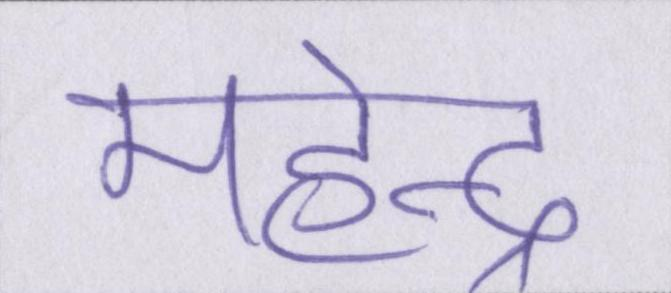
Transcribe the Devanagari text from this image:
महेन्द्र